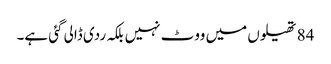
84 تھیلوں میں ووٹ نہیں بلکہ ردی ڈالی گئی ہے۔